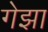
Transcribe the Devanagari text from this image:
गेझा